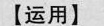
【运用】